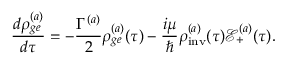
\frac { d \rho _ { g e } ^ { ( a ) } } { d \tau } = - \frac { \Gamma ^ { ( a ) } } { 2 } \rho _ { g e } ^ { ( a ) } ( \tau ) - \frac { i \mu } { \hbar } \rho _ { \mathrm { i n v } } ^ { ( a ) } ( \tau ) \mathcal { E } _ { + } ^ { ( a ) } ( \tau ) .